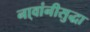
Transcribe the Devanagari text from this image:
ना्वांनीसुद्धा